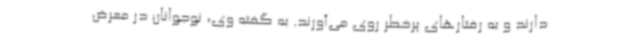
دارند و به رفتارهای پرخطر روی می‌آورند. به گفته وی، نوجوانان در معرض